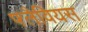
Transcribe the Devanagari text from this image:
फ्लैवियस